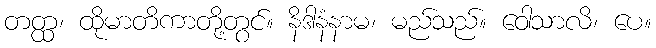
တတ္ထ၊ ထိုမာတိကာတို့တွင်။ နိဒါနံနာမ၊ မည်သည်။ ဝောသာလိ၊ ပေ။